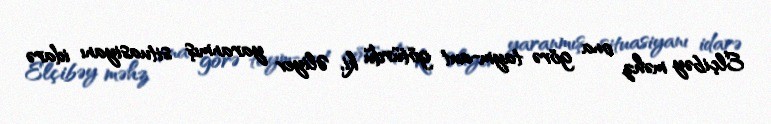
Elçibəy məhz ona görə taym-aut götürdü ki, Əliyev yaranmış situasiyanı idarə